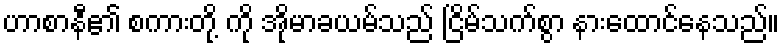
ဟာစာနီ၏ စကားတို့ ကို အိုမာခယမ်သည် ငြိမ်သက်စွာ နားထောင်နေသည်။